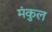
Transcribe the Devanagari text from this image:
मंकुल